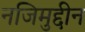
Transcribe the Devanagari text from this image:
नजिमुद्दीन